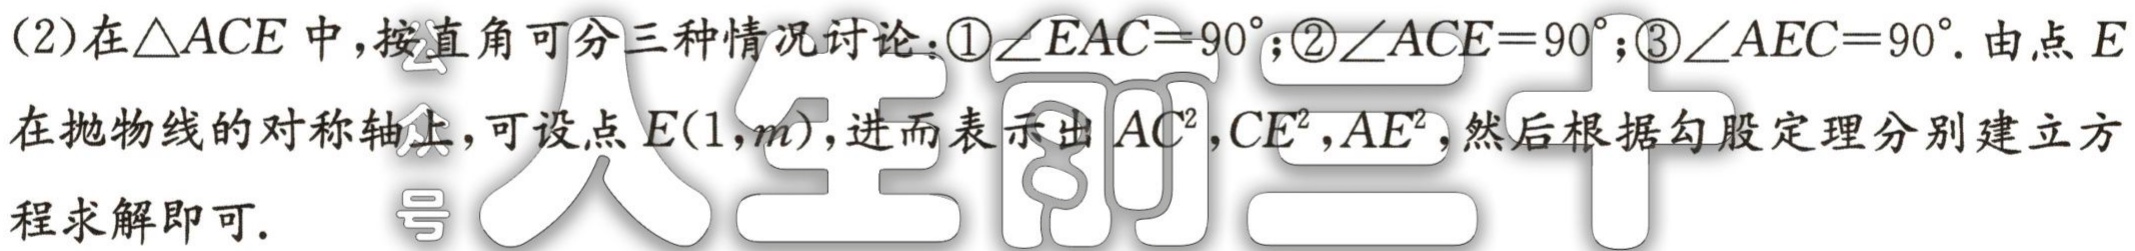
(2)在\(\triangle ACE\)中，按直角可分三种情况讨论：\textcircled{1}\(\angle EAC = 90^{\circ}\)；\textcircled{2}\(\angle ACE = 90^{\circ}\)；\textcircled{3}\(\angle AEC = 90^{\circ}\). 由点\(E\)在抛物线的对称轴上，可设点\(E(1,m)\)，进而表示出\(AC^{2},CE^{2},AE^{2}\)，然后根据勾股定理分别建立方程求解即可.